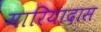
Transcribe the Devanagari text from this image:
मारियादास